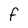
Character: F